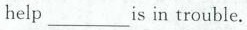
help___is in trouble.